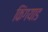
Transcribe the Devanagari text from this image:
किंगयाड